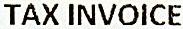
TAX INVOICE